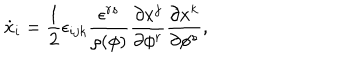
\dot { x } _ { i } = { \frac { 1 } { 2 } } \epsilon _ { i j k } { \frac { \epsilon ^ { r s } } { \rho ( \phi ) } } { \frac { \partial x ^ { j } } { \partial \phi ^ { r } } } { \frac { \partial x ^ { k } } { \partial \phi ^ { s } } } ,